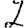
Digit: 2